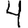
Digit: 4